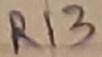
Text: R13